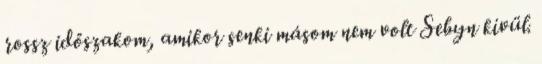
rossz időszakom, amikor senki másom nem volt Sebyn kívül.